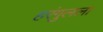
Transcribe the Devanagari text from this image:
हरंगुलला